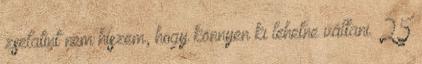
zselatint nem hiszem, hogy könnyen ki lehetne váltani. 25